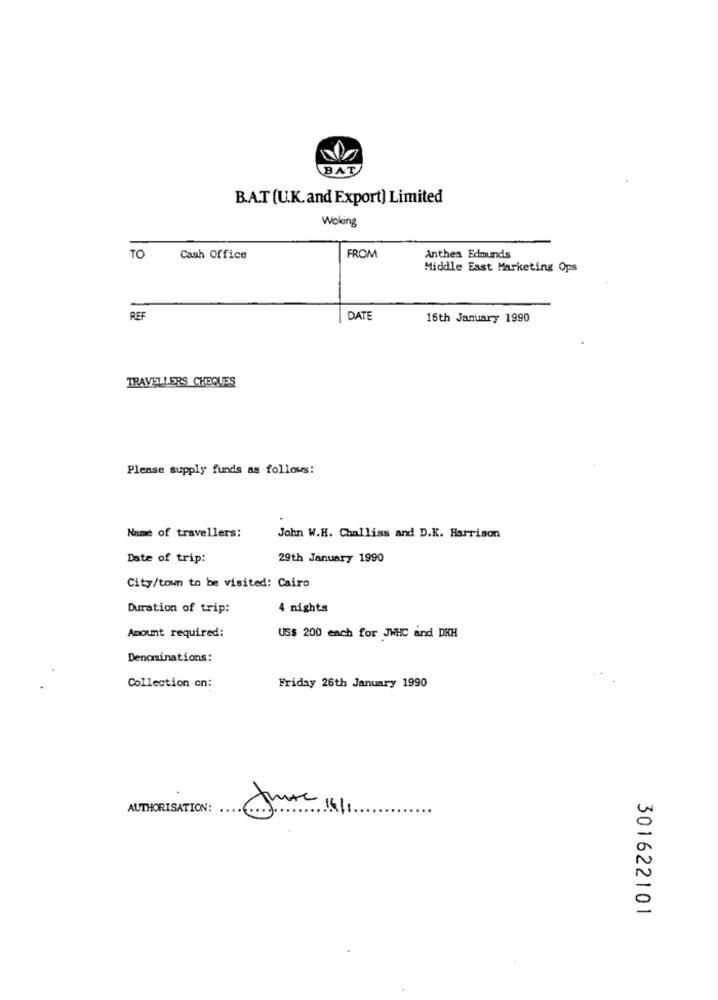
BAT
B.A.T (U.K.and Export) Limited
Woking
TO
Cash Office
FROM
Anthes Edmunds
Middle East Marketing Ops
REF
DATE
16th January 1990
TRAVELLERS CHEQUES
Please supply funds as follows:
Name of travellers:
John W.H. Challiss and D.K. Harrison
Date of trip:
29th January 1990
City/town to be visited: Cairo
Duration of trip:
4 nights
Amount required:
US$ 200 each for JWHC and DKH
Denominations:
Collection on:
Friday 26th January 1990
AUTHORISATION:
June
301622101